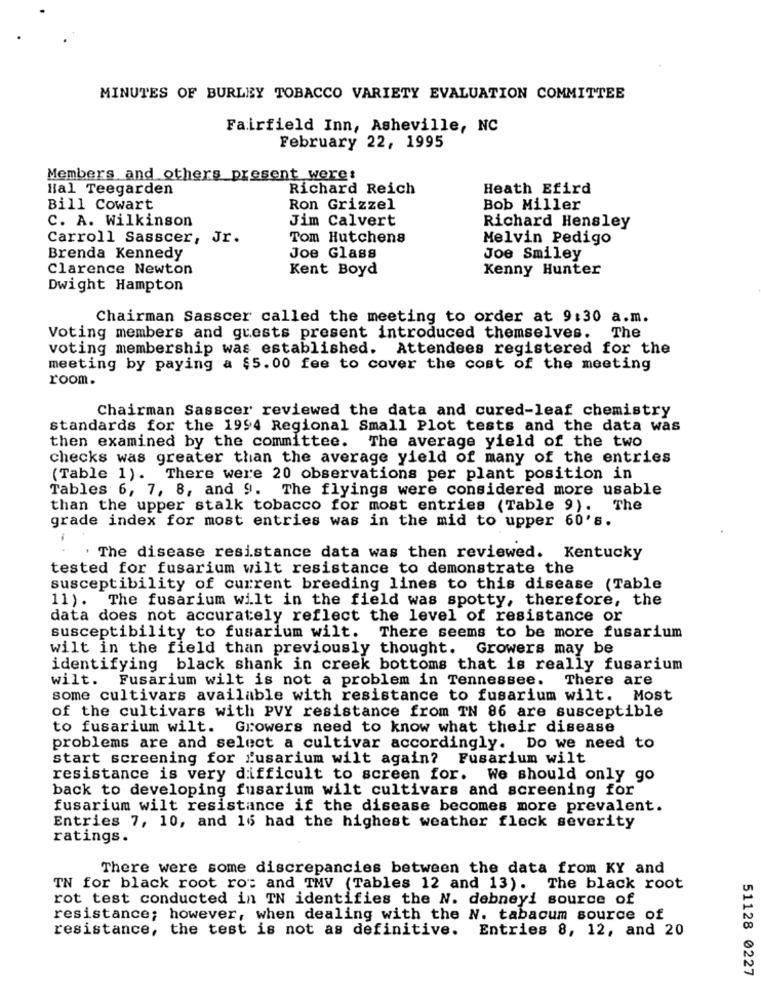
MINUTES OF BURLEY TOBACCO VARIETY EVALUATION COMMITTEE
Fairfield Inn, Asheville, NC
February 22, 1995
Members and others present were:
Hal Teegarden
Richard Reich
Heath Efird
Bill Cowart
Ron Grizzel
Bob Miller
C. A. Wilkinson
Jim Calvert
Richard Hensley
Carroll Sasscer, Jr.
Tom Hutchens
Melvin Pedigo
Brenda Kennedy
Joe Glass
Joe Smiley
Clarence Newton
Kent Boyd
Kenny Hunter
Dwight Hampton
Chairman Sasscer called the meeting to order at 9:30 a.m.
Voting members and guests present introduced themselves.
The
voting membership was established. Attendees registered for the
meeting by paying a $5.00 fee to cover the cost of the meeting
room.
Chairman Sasscer reviewed the data and cured-leaf chemistry
standards for the 1994 Regional Small Plot tests and the data was
then examined by the committee. The average yield of the two
checks was greater than the average yield of many of the entries
(Table 1). There were 20 observations per plant position in
Tables 6, 7, 8, and 9. The flyings were considered more usable
than the upper stalk tobacco for most entries (Table 9).
The
grade index for most entries was in the mid to upper 60's.
The disease resistance data was then reviewed. Kentucky
tested for fusarium wilt resistance to demonstrate the
susceptibility of current breeding lines to this disease (Table
11). The fusarium wilt in the field was spotty, therefore, the
data does not accurately reflect the level of resistance or
susceptibility to fusarium wilt. There seems to be more fusarium
wilt in the field than previously thought. Growers may be
identifying black shank in creek bottoms that is really fusarium
wilt. Fusarium wilt is not a problem in Tennessee.
There are
some cultivars available with resistance to fusarium wilt. Most
of the cultivars with PVY resistance from TN 86 are susceptible
to fusarium wilt.
Growers need to know what their disease
problems are and select a cultivar accordingly. Do we need to
start screening for fusarium wilt again? Fusarium wilt
resistance is very difficult to screen for. We should only go
back to developing fusarium wilt cultivars and screening for
fusarium wilt resistance if the disease becomes more prevalent.
Entries 7, 10, and 16 had the highest weather fleck severity
ratings.
There were some discrepancies between the data from KY and
TN for black root ro: and TMV (Tables 12 and 13). The black root
rot test conducted in TN identifies the N. debneyi source of
resistance; however, when dealing with the N. tabacum source of
resistance, the test is not as definitive. Entries 8, 12, and 20
51128 0227